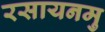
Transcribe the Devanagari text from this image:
रसायनमु